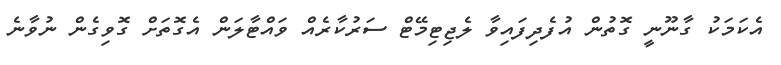
އެކަމަކު ގާނޫނީ ގޮތުން އުފެދިފައިވާ ލެޖިޓިމޭޓް ސަރުކާރެއް ވައްޓާލަން އެގޮތަށް ގޮވިގެން ނުވާނެ